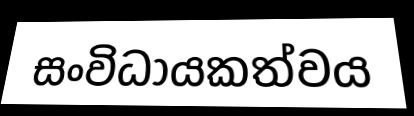
සංවිධායකත්වය